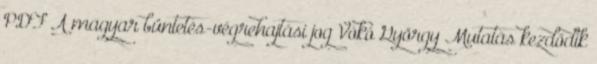
PDF A magyar büntetés-végrehajtási jog Vókó György Mutatás kezdődik